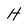
Character: H